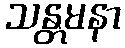
သန္တမနာ